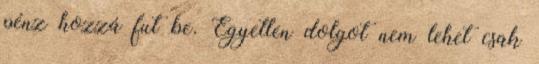
pénz hozzá fut be. Egyetlen dolgot nem lehet csak